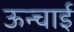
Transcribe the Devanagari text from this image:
ऊन्चाई